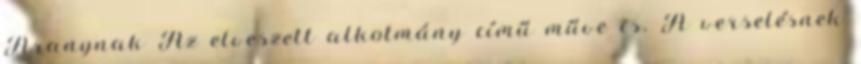
Aranynak Az elveszett alkotmány című műve is. A verselésnek